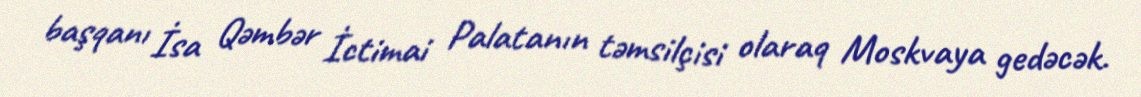
başqanı İsa Qəmbər İctimai Palatanın təmsilçisi olaraq Moskvaya gedəcək.